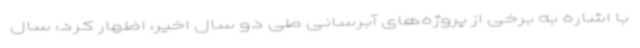
با اشاره به برخی از پروژه‌های آبرسانی طی دو سال اخیر، اظهار کرد: سال